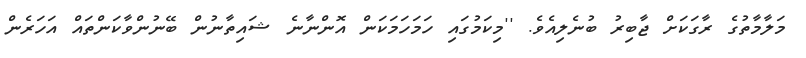
މަލާމާތުގެ ރާގަކަށް ޖާބިރު ބުނެލިއެވެ. ''މިކަމުގައި ހަމަހަމަކަން އޮންނާނެ ޝައިތާނުން ބޭނުންވާކަންތައް އަހަރެން